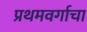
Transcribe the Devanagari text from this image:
प्रथमवर्गाचा